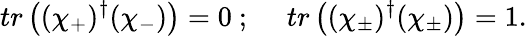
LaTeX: tr\left((\chi_{+})^{\dagger}(\chi_{-})\right)=0~;~~~~~tr\left((\chi_{\pm})^{\dagger}(\chi_{\pm})\right)=1.